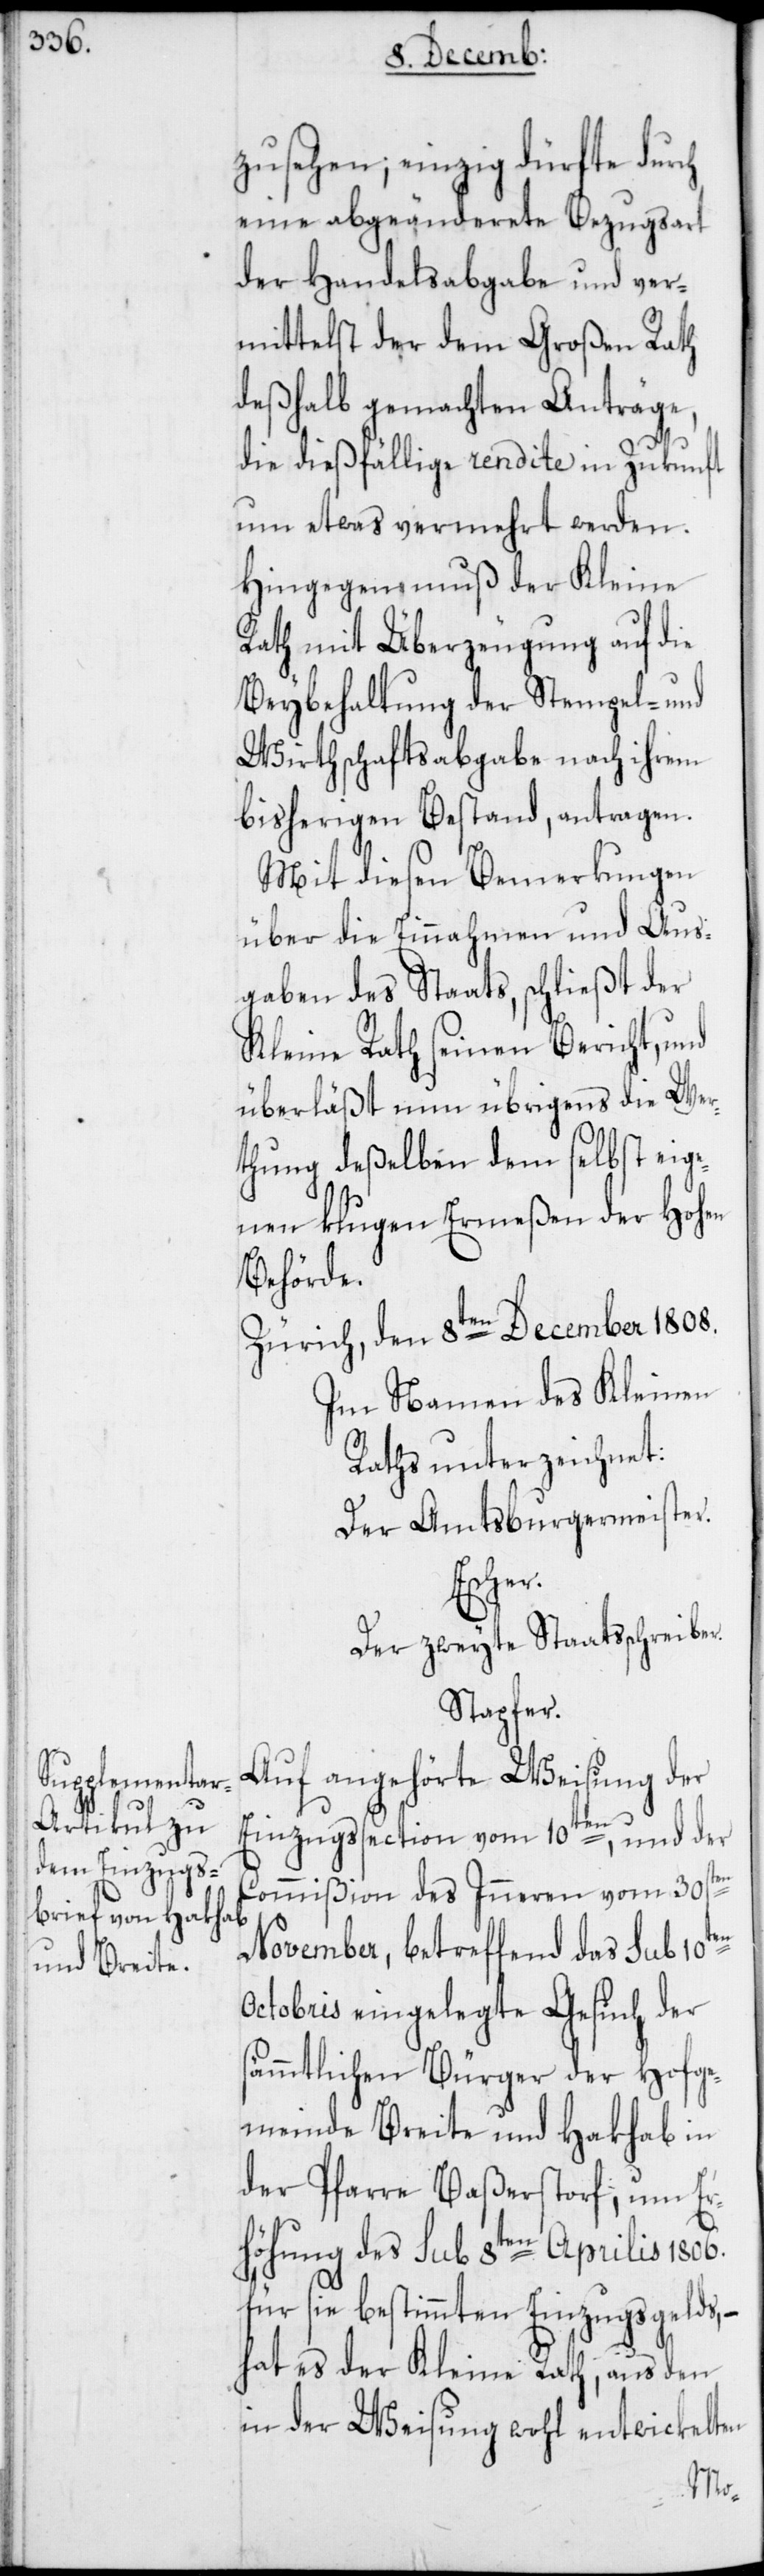
zusehen; einzig dürfte durch
eine abgeänderete Bezugsart
der Handelsabgabe und ver¬
mittelst der dem Großen Rath
deßhalb gemachten Anträge,
die dießfällige rendite in Zukunft
um etwas vermehrt werden.
Hingegen muß der Kleine
Rath mit Überzeugung auf die
Beybehaltung der Stempel- und
Wirthschaftsabgabe nach ihrem
bisherigen Bestand, antragen.
Mit diesen Bemerkungen
über die Einnahmen und Aus¬
gaben des Staats, schließt der
Kleine Rath seinen Bericht, und
überläßt nun übrigens die Wer¬
thung deßelben dem selbst eig¬
enen klugen Ermeßen der Hohen
Behörde.
Zürich, den 8ten December 1808.
Im Namen des Kleinen
Raths unterzeichnet:
Der Amtsburgermeister.
Escher.
Der zweyte Staatsschreiber.
Stapfer.
Auf angehörte Weisung der
Einzugssection vom 10ten, und der
Commißion des Inneren vom 30sten
November, betreffend das sub 10ten
Octobris eingelegte Gesuch der
sämmtlichen Bürger der Hofge¬
meinde Breite und Hakhab in
der Pfarre Baßerstorf, um Er¬
höhung des sub 8ten Aprilis 1806.
für sie bestimmten Einzugsgelds, –
hat es der Kleine Rath, aus den
in der Weisung wohl entwickelten